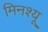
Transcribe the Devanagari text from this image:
मिनश्यू